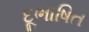
દૂભાષિત